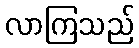
လာကြသည်